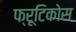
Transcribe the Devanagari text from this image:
फ्रूटिकोस